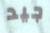
جيد